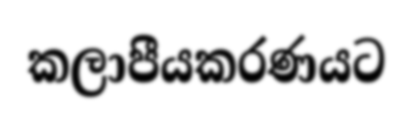
කලාපීයකරණයට